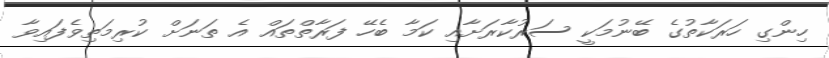
ހިންގި ހަރަކާތުގެ ބޭނުމަކީ ސަރުކާރަށާއި ކަމާ ބެހޭ ފަރާތްތައް އެ ތަނަށް ކުރިމަތިވެފައިވާ